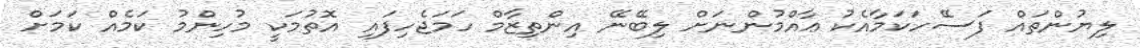
ލިޔުންތައް ފަސޭހަކަމާއެކު ޢާއްމުންނަށް ލިބޭނޭ އިންތިޒާމް ހަމަޖެހިފައި އޮތުމަކީ މުހިންމު ކަމެއް ކަމަށް